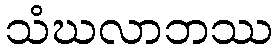
သံဃလာဘဿ